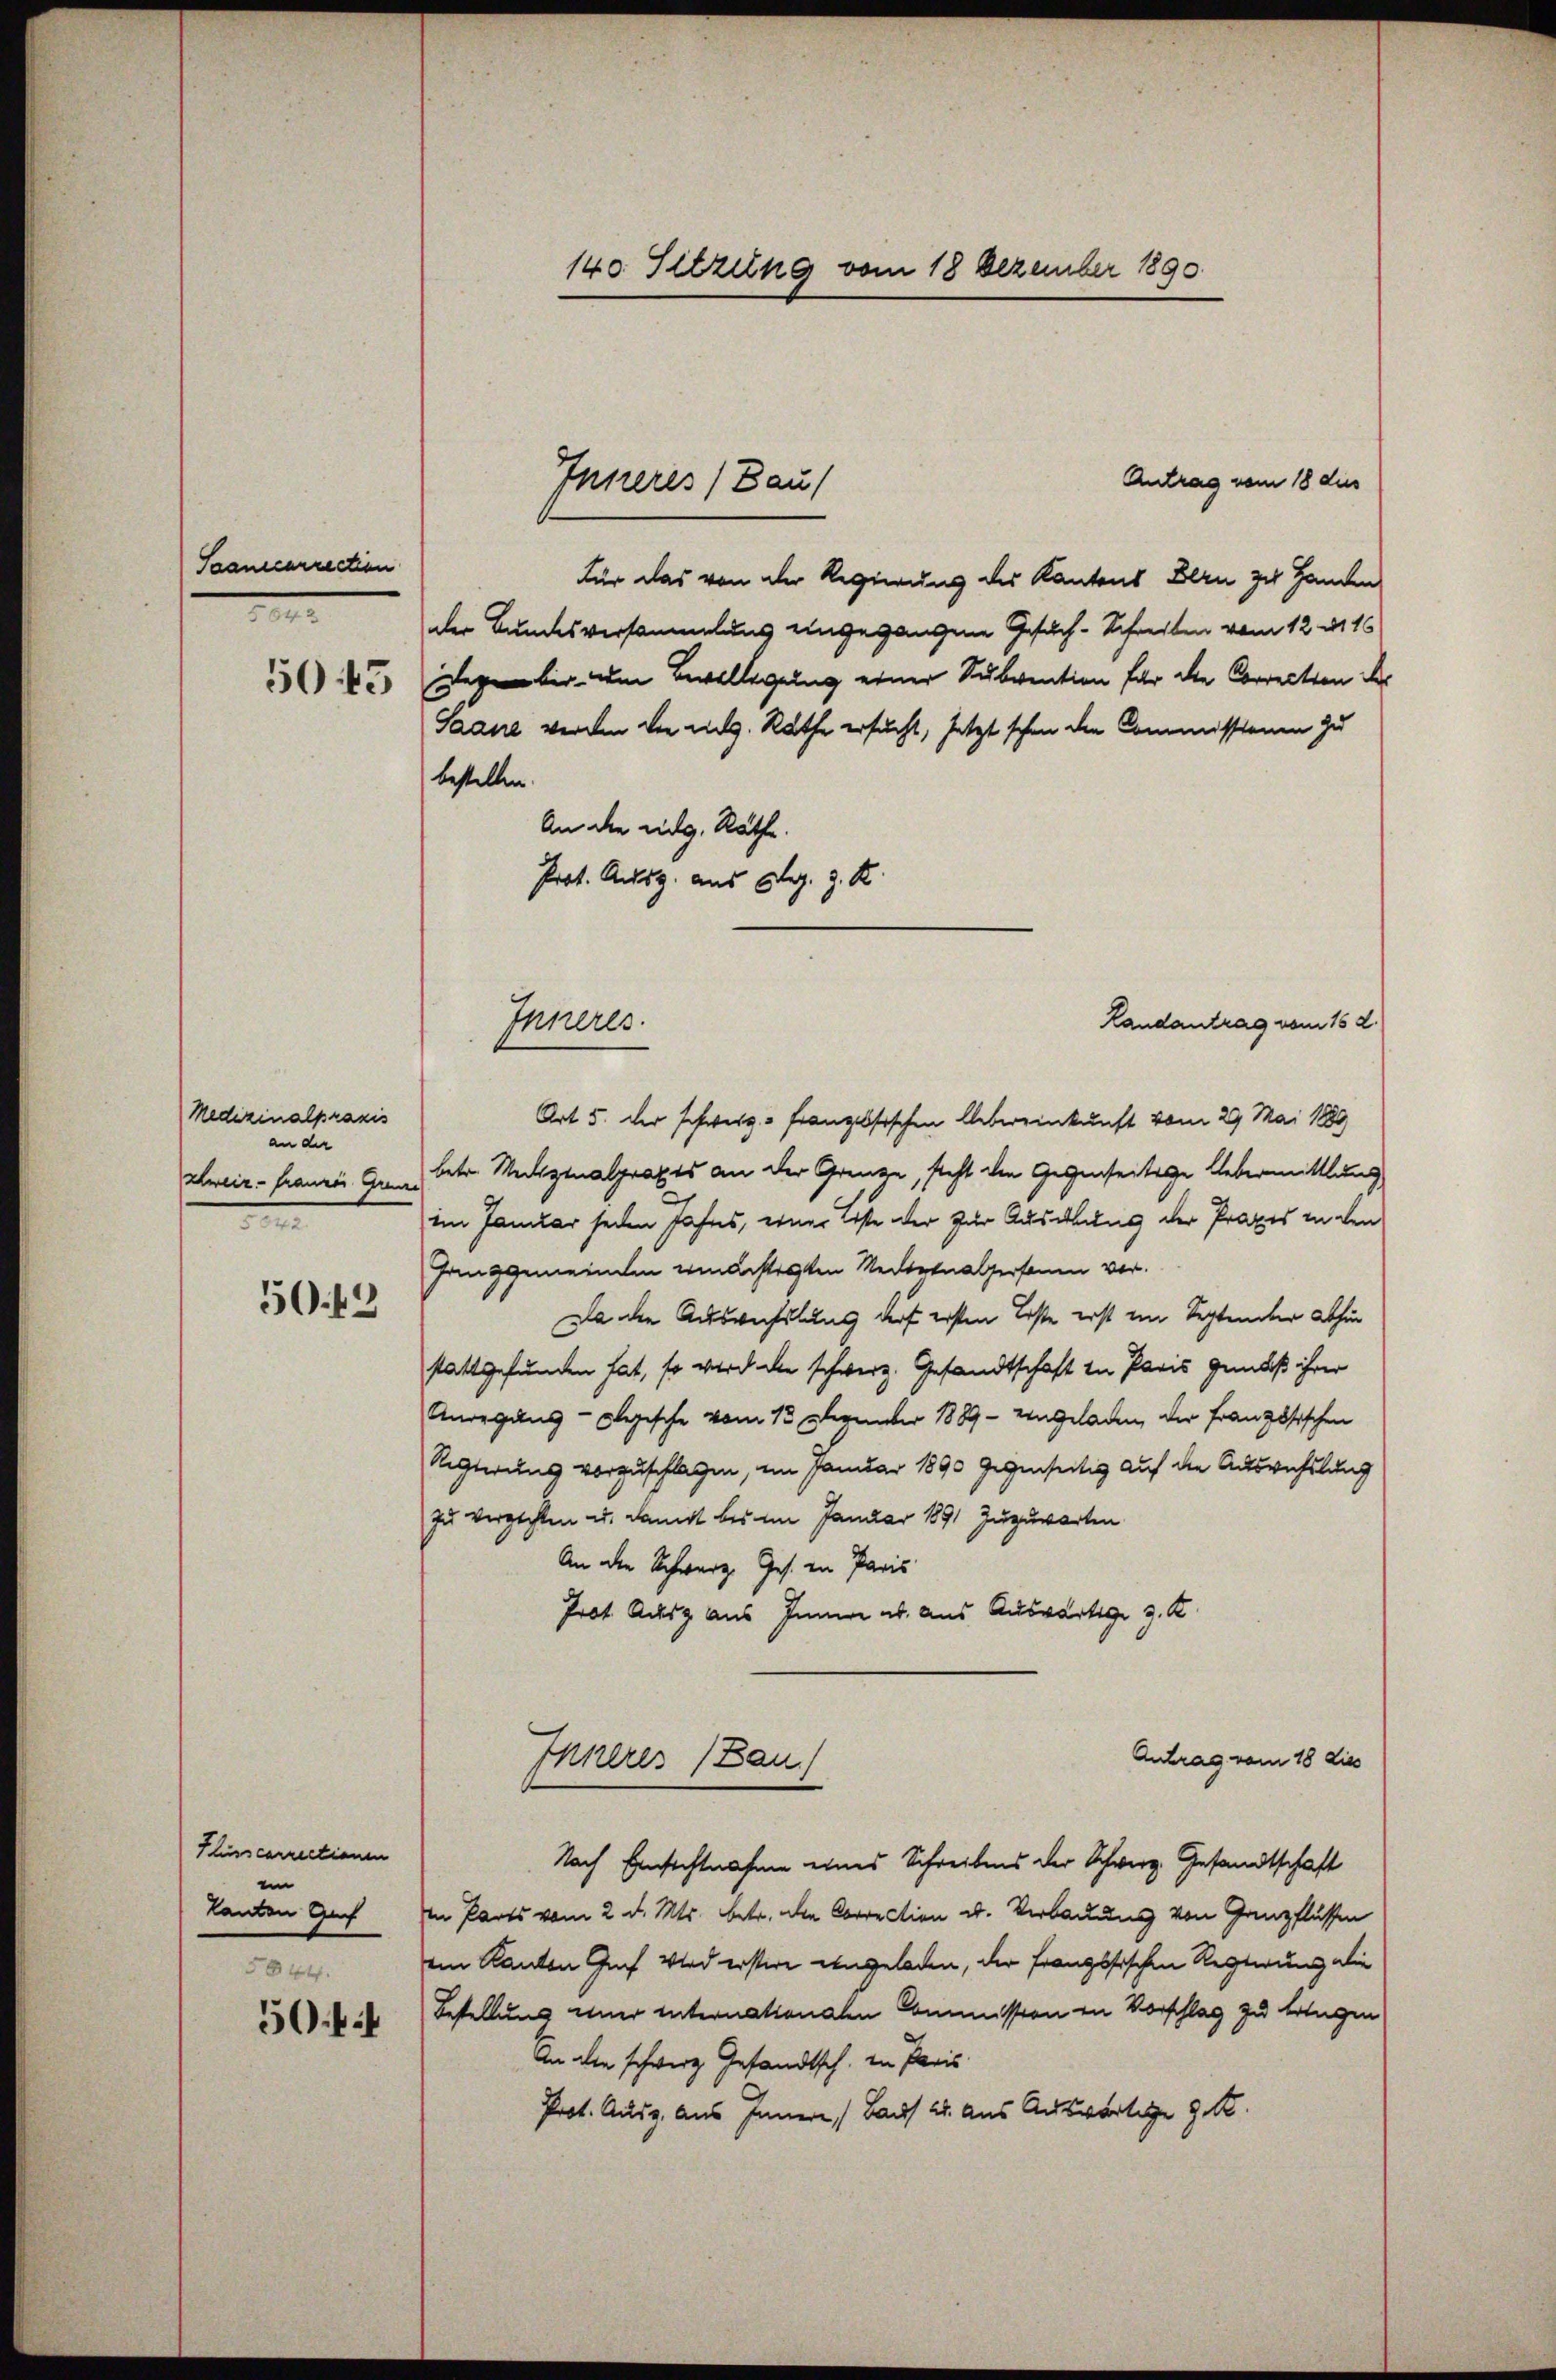
Saancarrection
1

5045

Medizinalpraxis
an der
schweiz. Franzen Grenz
n
50. 49

Ilinscarrectionen
in
kanton Gef
5844.
50

140. Sitzung vom 18 Dezember 1890

Antrag vom 18 dies
Für das von der Regierung des Kantons Blau zu Handen
der Bundesversammlung eingegangene Gesuch-Schreiben vom 12. d. 16
gegeber um Bewilligung einer Subvention für die Correction der
Saane werden vor ag. Rathe ersucht, setzt schon die Commissionen zu
bestellen.
An die eidg. Räthe.
Prot. Ausg. aus Elgg. z. R.
Landantrag vom 16. d.
Art 5. der schwerz- französischen Uebereinkunft vom 29. Mai 1889
betr. Medizinalpraxis an der Grenze, steht den Gegenseitige Uebermittlung
im Januar jeden Jahres, einer Erste der zur Ausdlung der Praxis in den
Hanggemeinden mächtigten Neckenalpersonen vor¬
Da die Auswechslung darf ersten Loste erst im September abhin
stattgefunden hat, so wird de schwerz. Gesandtschaft in Paris genuß ihrer
Anregung - Eggische vom 13. Dezember 1889 - eingeladen, der Französischen
Regierung vorzuschlagen, im Januar 1890 gegenseitig auf die Auswechslung
zu verpachten u. damit bis im Januar 1891 zuzuwarten
An der Schwarz, Ges. in Paris
Prot. Achig aus Innere ab. aus Auswärtige 3. K
Antrag vom 18 dies
Innerer (Bau)
Nach Einsichtnahme eines Schreibens der Schweiz. Gesandtschaft
in Parts vom 2. d. Mts. betr. die Correction u. Verbauung von Ganzflüssen
eim Kanton Graf Wird erstere eingeladen, der französischen Regierung die
Bestellung einer internationalen Commission in Vorschlag zu bringen
An die schwerz Gesandtsch, in Paris
Prot. Ausg. Aus Innern, (aus 25. Aus Auswärtige 9.

Inneres (Bau

Inneres.